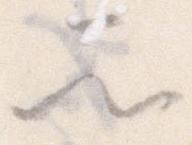
所